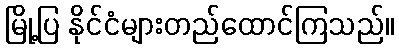
မြို့ပြ နိုင်ငံများတည်ထောင်ကြသည်။